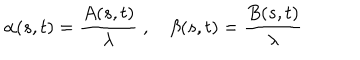
\alpha ( s , t ) = { \frac { A ( s , t ) } { \lambda } } \; , \quad \beta ( s , t ) = { \frac { B ( s , t ) } { \lambda } }